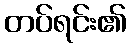
တပ်ရင်း၏